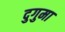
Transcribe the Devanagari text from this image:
दुगुमा